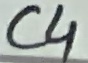
Text: C4